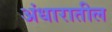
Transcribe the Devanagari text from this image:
अंधारातील